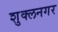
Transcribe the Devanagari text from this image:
शुक्लनगर